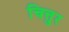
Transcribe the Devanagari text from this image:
चित्तुर